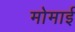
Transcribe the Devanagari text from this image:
मोमाई